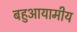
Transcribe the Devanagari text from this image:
बहुआयामीय